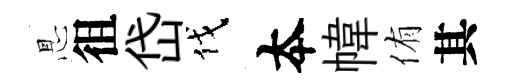
㤙徂岱伐夲幃侑其